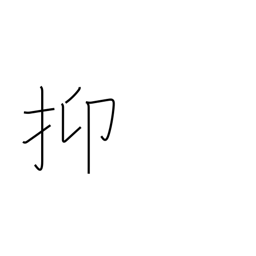
Meaning: in the first place